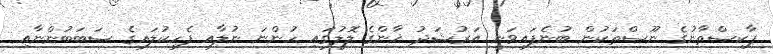
ޕާކިސްތާނުގެ ނޫސްތަކުން ބުނެފައިވަނީ އަރުޝަދު ޚާންގެ ލޮލުގައި ހުންނަ ނުލާއި ފެހިކުލައިގެ ސަބަބުންނާއި